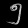
Digit: ၅